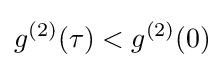
g^{(2)}(\tau )<g^{(2)}(0)